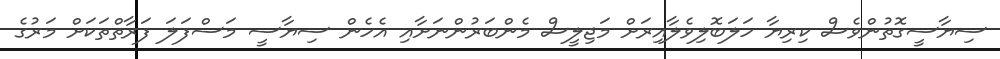
ސިޔާސީގޮތުންވެސް ކިރިޔާ ހަލަބޮލިވެލާއިރަށް މަޖިލީސް މެންބަރުންނަށާއި އެހެން ސިޔާސީ މަސްފަލަ ފަރާތްތަކަށް މަރުގެ